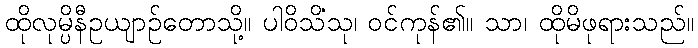
ထိုလုမ္ပိနီဥယျာဉ်တောသို့။ ပါဝိသိံသု၊ ဝင်ကုန်၏။ သာ၊ ထိုမိဖုရားသည်။